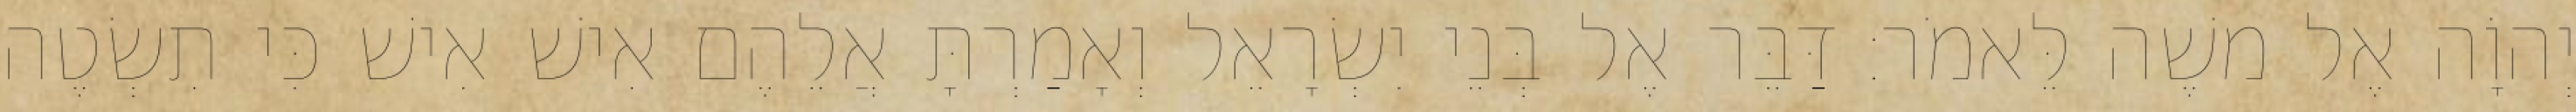
יְהוָֹה אֶל משֶׁה לֵּאמֹר׃ דַּבֵּר אֶל בְּנֵי יִשְׂרָאֵל וְאָמַרְתָּ אֲלֵהֶם אִישׁ אִישׁ כִּי תִשְׂטֶה